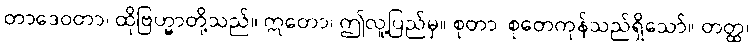
တာဒေဝတာ၊ ထိုဗြဟ္မာတို့သည်။ ဣတော၊ ဤလူ့ပြည်မှ။ စုတာ၊ စုတေကုန်သည်ရှိသော်။ တတ္ထ၊